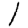
Digit: 1